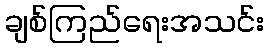
ချစ်ကြည်ရေးအသင်း